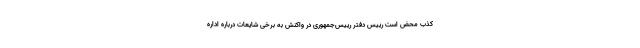
کذب محض است رییس دفتر رییس‌جمهوری در واکنش به برخی شایعات درباره اداره